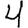
Digit: 4